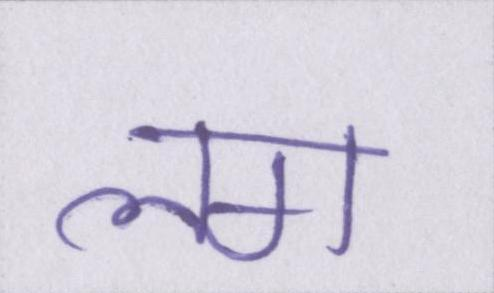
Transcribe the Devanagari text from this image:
लग